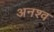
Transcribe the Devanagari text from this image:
अनश्व